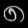
Digit: ၈